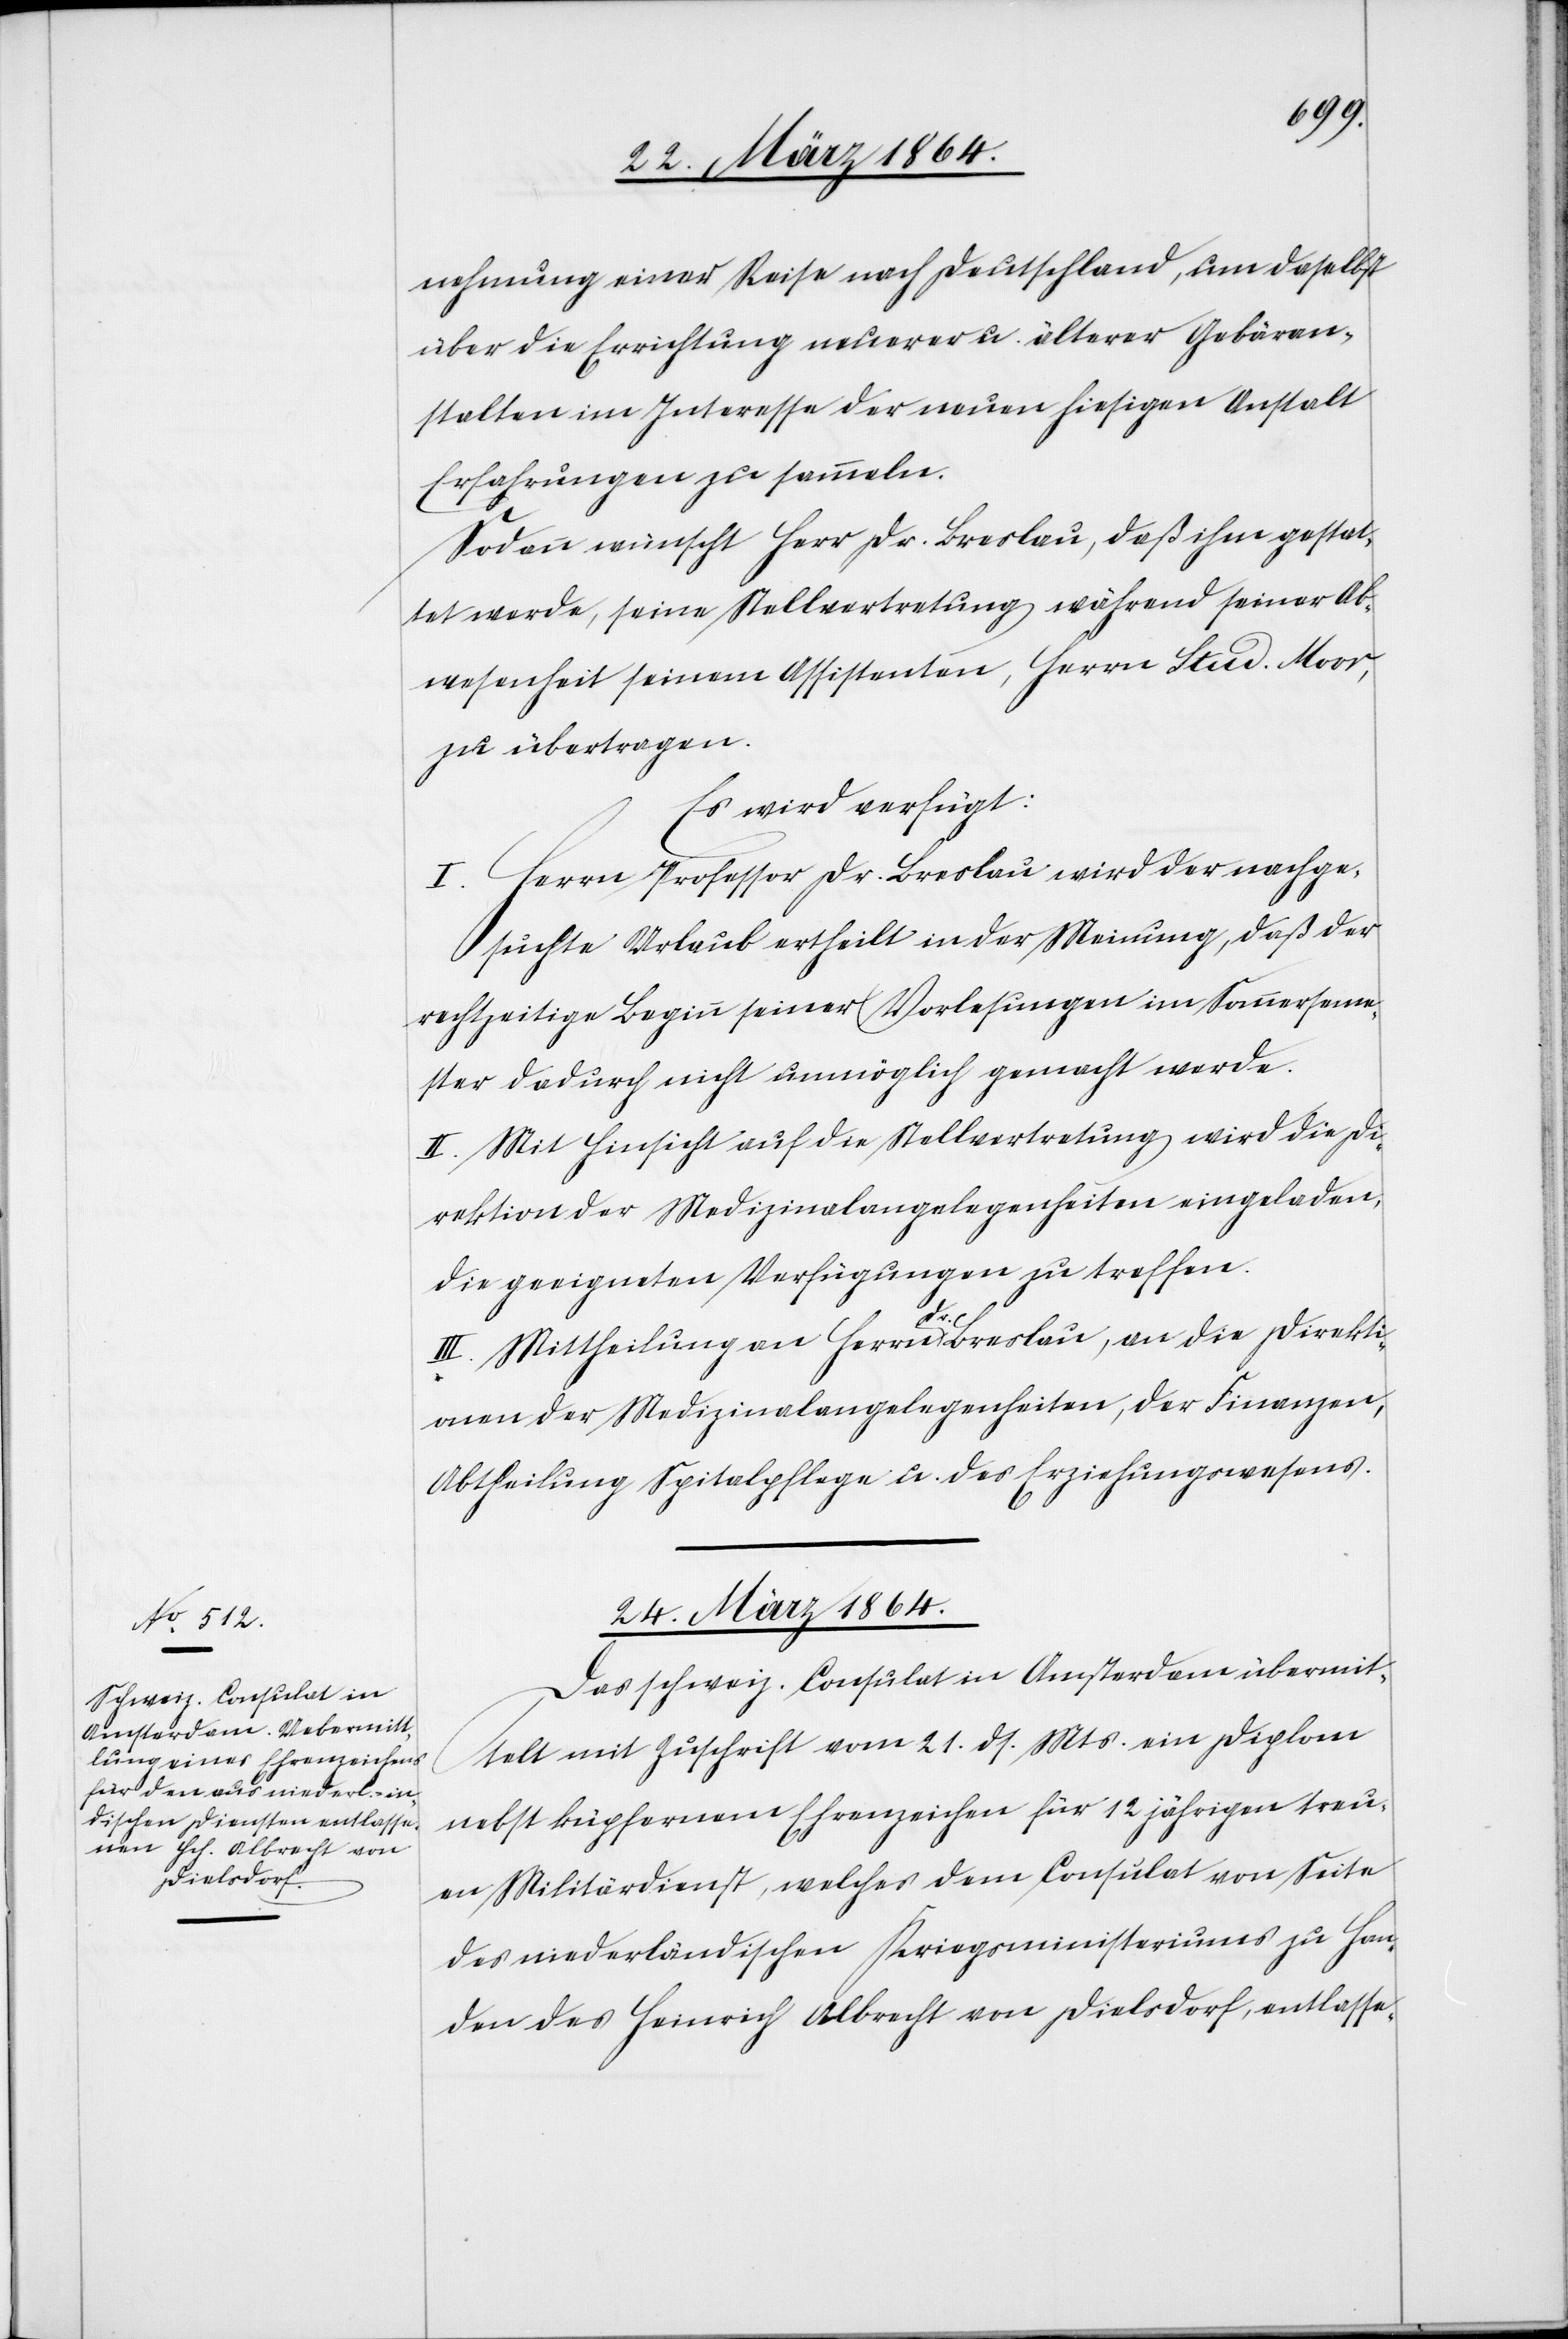
nehmung einer Reise nach Deutschland, um daselbst
über die Errichtung neuerer u. älterer Gebäran¬
stalten im Interesse der neuen hiesigen Anstalt
Erfahrungen zu sammeln.
Sodann wünscht Herr Dr. Breslau, daß ihm gestat¬
tet werde, seine Stellvertretung während seiner Ab¬
wesenheit seinem Assistenten, Herrn Stud. Moor,
zu übertragen.
Es wird verfügt:
I. Herrn Professor Dr. Breslau wird der nachge¬
suchte Urlaub ertheilt in der Meinung, daß der
rechtzeitige Beginn seiner Vorlesungen im Sommerseme¬
ster dadurch nicht unmöglich gemacht werde.
II. Mit Hinsicht auf die Stellvertretung wird die Di¬
rektion der Medizinalangelegenheiten eingeladen,
die geeigneten Verfügungen zu treffen.
III. Mittheilung an Herrn Dr. Breslau, an die Direkti¬
onen der Medizinalangelegenheiten, der Finanzen,
Abtheilung Spitalpflege u. des Erziehungswesens.
24. März 1864.
Das schweiz. Consulat in Amsterdam übermit¬
telt mit Zuschrift vom 21. ds. Mts. ein Diplom
nebst kupfernem Ehrenzeichen für 12 jährigen treu¬
en Militärdienst, welches dem Consulat von Seite
des niederländischen Kriegsministeriums zu Han¬
den des Heinrich Albrecht von Dielsdorf, entlasse-